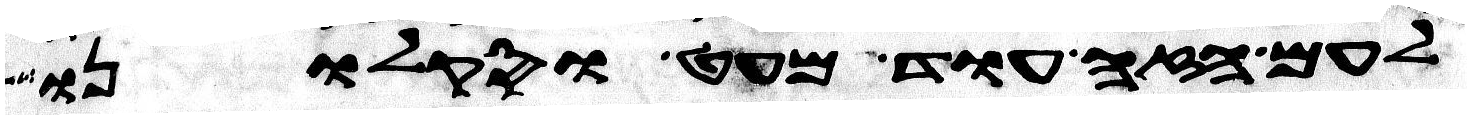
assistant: לעם הזה עוד מעט וסקלוני